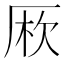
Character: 𠩱